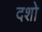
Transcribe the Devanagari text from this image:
दशो